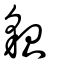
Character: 貌